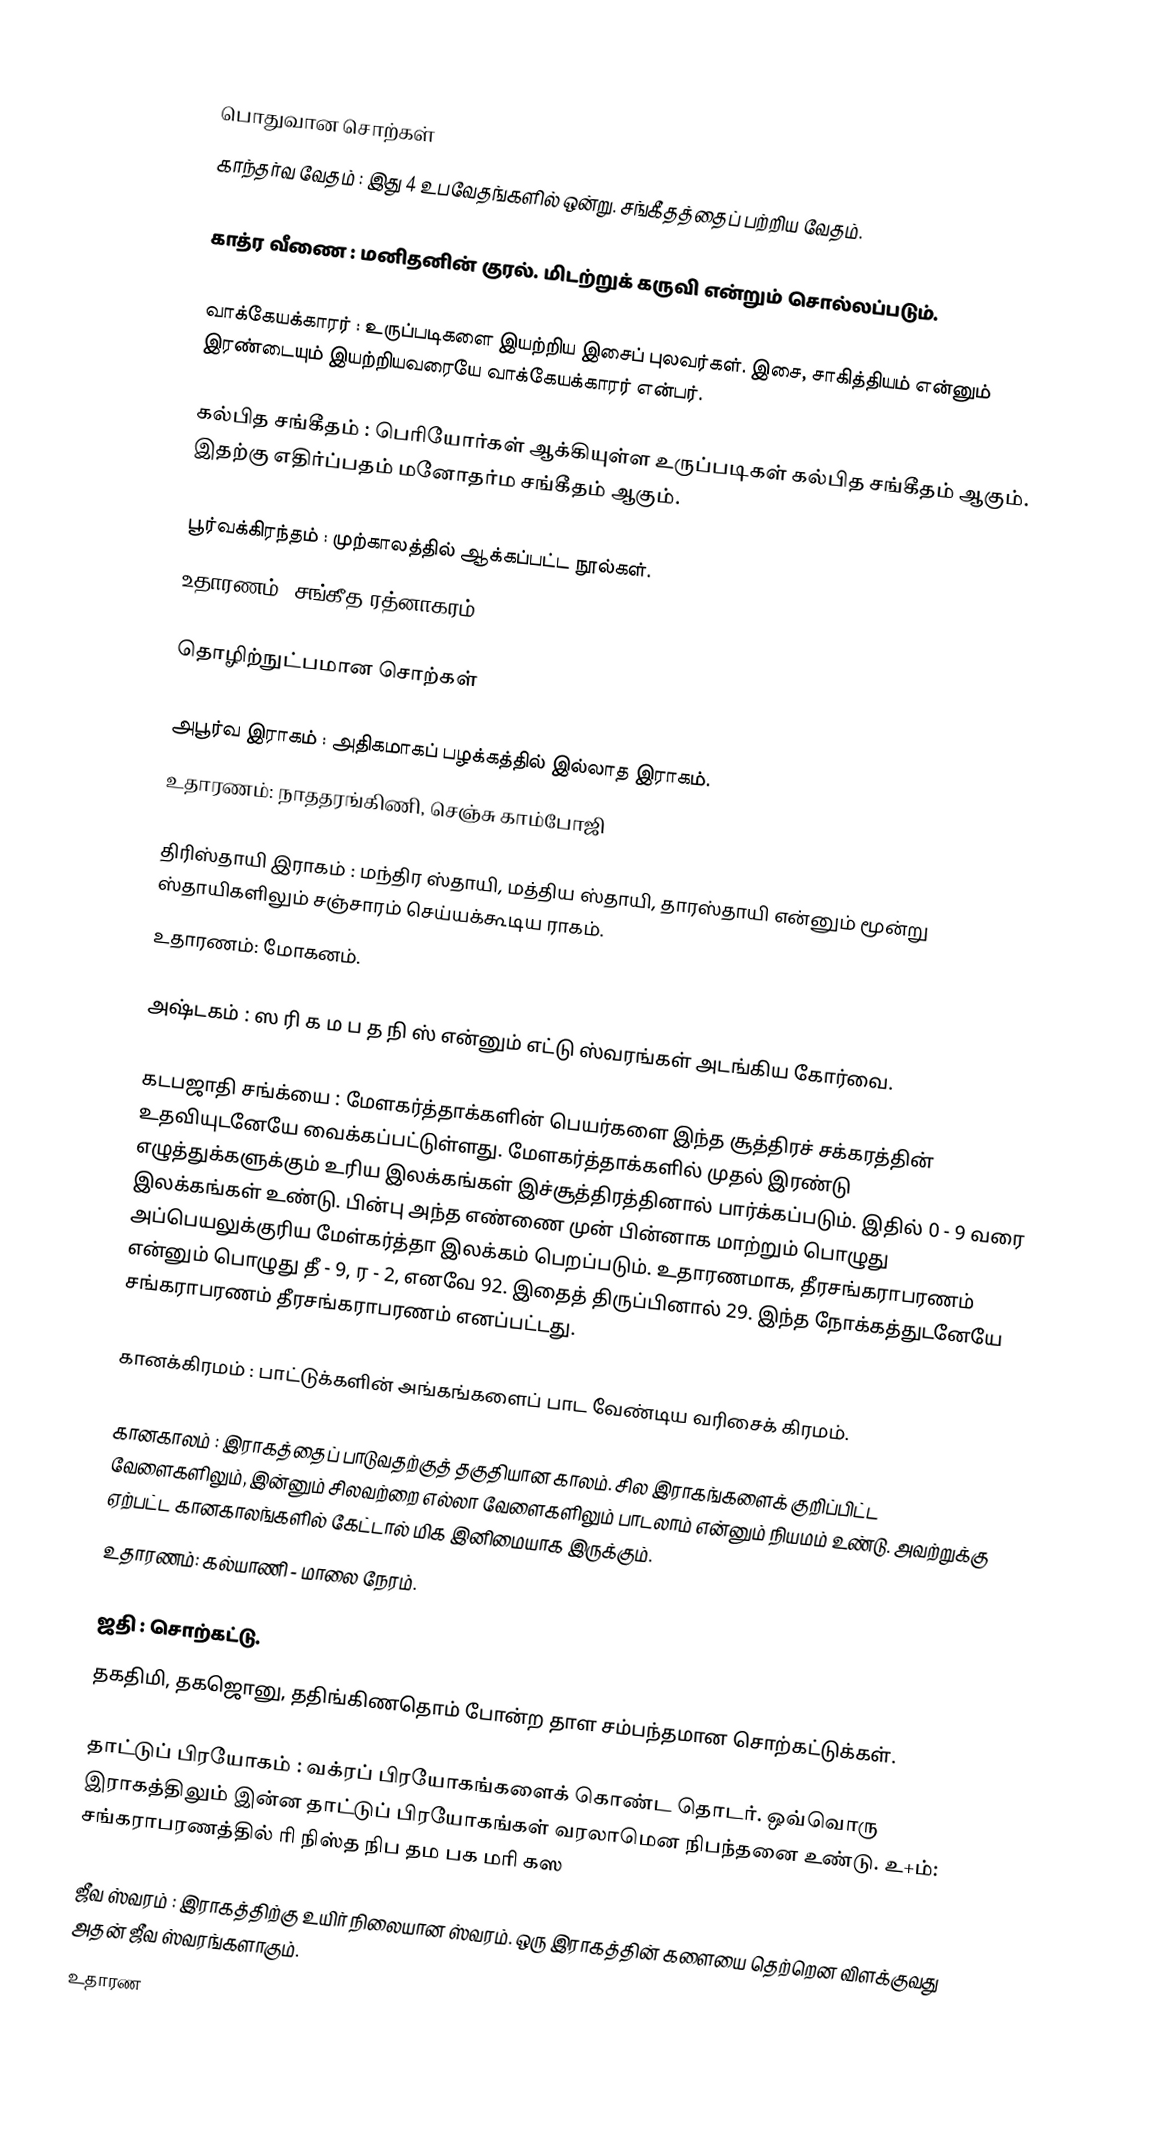

பொதுவான சொற்கள்
 காந்தர்வ வேதம் : இது 4 உபவேதங்களில் ஒன்று. சங்கீதத்தைப் பற்றிய வேதம்.

 காத்ர வீணை : மனிதனின் குரல். மிடற்றுக் கருவி என்றும் சொல்லப்படும்.

 வாக்கேயக்காரர் : உருப்படிகளை இயற்றிய இசைப் புலவர்கள். இசை, சாகித்தியம் என்னும் இரண்டையும் இயற்றியவரையே வாக்கேயக்காரர் என்பர்.

 கல்பித சங்கீதம் : பெரியோர்கள் ஆக்கியுள்ள உருப்படிகள் கல்பித சங்கீதம் ஆகும். இதற்கு எதிர்ப்பதம் மனோதர்ம சங்கீதம் ஆகும்.

 பூர்வக்கிரந்தம் : முற்காலத்தில் ஆக்கப்பட்ட நூல்கள்.
உதாரணம்: சங்கீத ரத்னாகரம்.

தொழிற்நுட்பமான சொற்கள்

 அபூர்வ இராகம் : அதிகமாகப் பழக்கத்தில் இல்லாத இராகம்.
உதாரணம்: நாததரங்கிணி, செஞ்சு காம்போஜி

 திரிஸ்தாயி இராகம் : மந்திர ஸ்தாயி, மத்திய ஸ்தாயி, தாரஸ்தாயி என்னும் மூன்று ஸ்தாயிகளிலும் சஞ்சாரம் செய்யக்கூடிய ராகம்.
உதாரணம்: மோகனம்.

 அஷ்டகம் : ஸ ரி க ம ப த நி ஸ் என்னும் எட்டு ஸ்வரங்கள் அடங்கிய கோர்வை.

 கடபஜாதி சங்க்யை : மேளகர்த்தாக்களின் பெயர்களை இந்த சூத்திரச் சக்கரத்தின் உதவியுடனேயே வைக்கப்பட்டுள்ளது. மேளகர்த்தாக்களில் முதல் இரண்டு எழுத்துக்களுக்கும் உரிய இலக்கங்கள் இச்சூத்திரத்தினால் பார்க்கப்படும். இதில் 0 - 9 வரை இலக்கங்கள் உண்டு. பின்பு அந்த எண்ணை முன் பின்னாக மாற்றும் பொழுது அப்பெயலுக்குரிய மேள்கர்த்தா இலக்கம் பெறப்படும். உதாரணமாக, தீரசங்கராபரணம் என்னும் பொழுது தீ - 9, ர - 2, எனவே 92. இதைத் திருப்பினால் 29. இந்த நோக்கத்துடனேயே சங்கராபரணம் தீரசங்கராபரணம் எனப்பட்டது.

 கானக்கிரமம் : பாட்டுக்களின் அங்கங்களைப் பாட வேண்டிய வரிசைக் கிரமம்.

 கானகாலம் : இராகத்தைப் பாடுவதற்குத் தகுதியான காலம். சில இராகங்களைக் குறிப்பிட்ட வேளைகளிலும், இன்னும் சிலவற்றை எல்லா வேளைகளிலும் பாடலாம் என்னும் நியமம் உண்டு. அவற்றுக்கு ஏற்பட்ட கானகாலங்களில் கேட்டால் மிக இனிமையாக இருக்கும்.
உதாரணம்: கல்யாணி - மாலை நேரம்.

 ஜதி : சொற்கட்டு.
தகதிமி, தகஜொனு, ததிங்கிணதொம் போன்ற தாள சம்பந்தமான சொற்கட்டுக்கள்.

 தாட்டுப் பிரயோகம் : வக்ரப் பிரயோகங்களைக் கொண்ட தொடர். ஒவ்வொரு இராகத்திலும் இன்ன தாட்டுப் பிரயோகங்கள் வரலாமென நிபந்தனை உண்டு. உ+ம்: சங்கராபரணத்தில் ரி நிஸ்த நிப தம பக மரி கஸ

 ஜீவ ஸ்வரம் : இராகத்திற்கு உயிர் நிலையான ஸ்வரம். ஒரு இராகத்தின் களையை தெற்றென விளக்குவது அதன் ஜீவ ஸ்வரங்களாகும்.
உதாரண